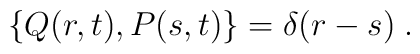
\left\{Q(r,t),P(s,t)\right\} = \delta(r-s) \; .